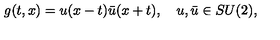
g ( t , x ) = u ( x - t ) \bar { u } ( x + t ) , \quad u , \bar { u } \in S U ( 2 ) ,